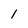
Character: l